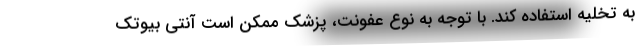
به تخلیه استفاده کند. با توجه به نوع عفونت، پزشک ممکن است آنتی بیوتک